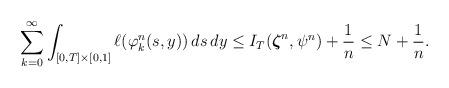
LaTeX: \begin{align*} \sum_{k=0}^\infty \int_{[0,T] \times [0,1]} \ell(\varphi_k^n(s,y)) \, ds\,dy\le I_T(\boldsymbol{\zeta}^n,\psi^n) + \frac{1}{n} \le N + \frac{1}{n}.\end{align*}